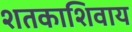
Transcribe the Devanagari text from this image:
शतकाशिवाय